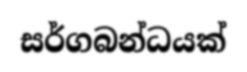
සර්ගබන්ධයක්